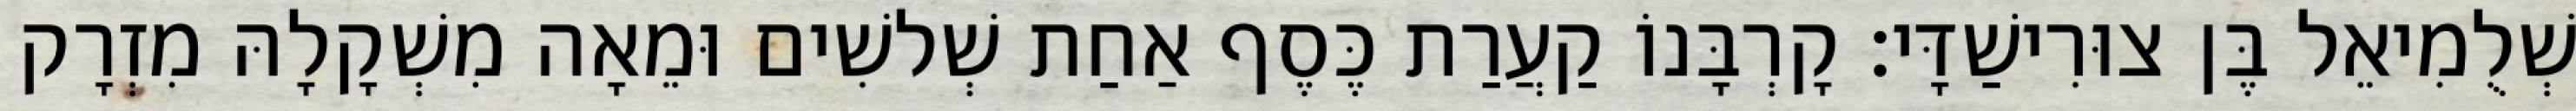
שְׁלֻמִיאֵל בֶּן צוּרִישַׁדָּי׃ קָרְבָּנוֹ קַעֲרַת כֶּסֶף אַחַת שְׁלשִׁים וּמֵאָה מִשְׁקָלָהּ מִזְרָק